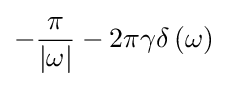
-{\frac {\pi }{\left|\omega \right|}}-2\pi \gamma \delta \left(\omega \right)